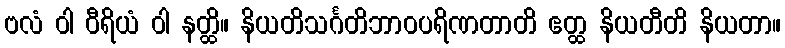
ဗလံ ဝါ ဝီရိယံ ဝါ နတ္ထိ။ နိယတိသင်္ဂတိဘာဝပရိဏတာတိ ဧတ္ထ နိယတီတိ နိယတာ။